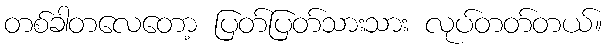
တစ်ခါတလေတော့ ပြတ်ပြတ်သားသား လုပ်တတ်တယ်။